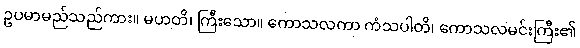
ဥပမာမည်သည်ကား။ မဟတိ၊ ကြီးသော။ ကောသလကာ ကံသပါတိ၊ ကောသလမင်းကြီး၏